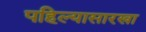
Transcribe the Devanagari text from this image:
पहिल्यासारखा